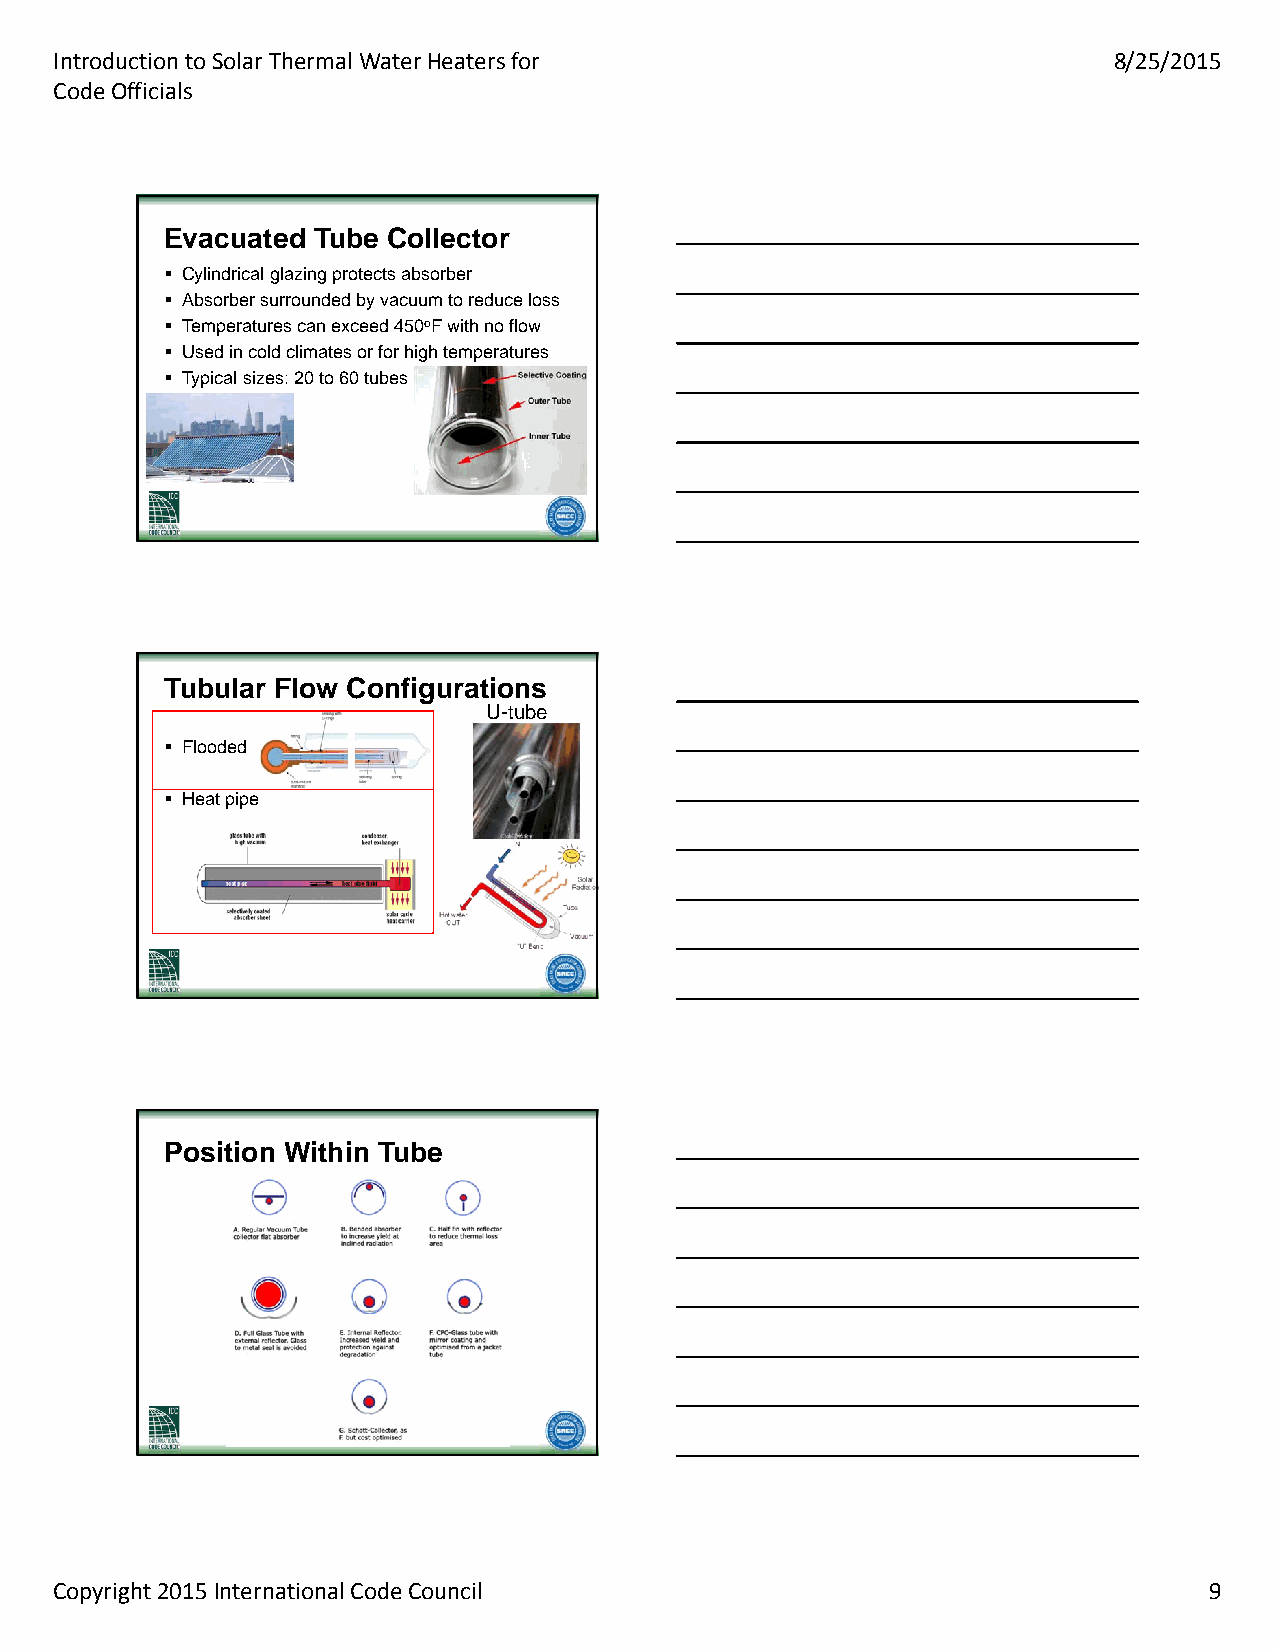
Introduction to Solar Thermal Water Heaters for                       8/25/2015
 Code Officials
 EEvvaaccuuaatteedd TTuubbee CCoolllleeccttoorr
  Cylindrical glazing protects absorber
  Absorber surrounded by vacuum to reduce loss
  Temperatures can exceed 450oF with no flow
  Used in cold climates or for high temperatures
  Typical sizes: 20 to 60 tubes
 TTuubbuullaarr FFllooww CCoonnffiigguurraattiioonnss
 U-tube
  Flooded
  Heat pipe
 PPoossiittiioonn WWiitthhiinn TTuubbee
 Copyright 2015 International Code Council                                   9